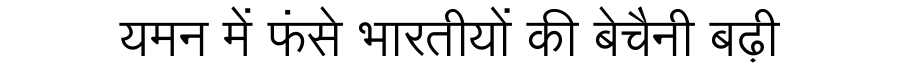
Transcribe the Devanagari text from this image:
यमन में फंसे भारतीयों की बेचैनी बढ़ी